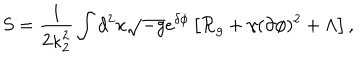
S = { \frac { 1 } { 2 \kappa _ { 2 } ^ { 2 } } } \int d ^ { 2 } x \sqrt { - g } e ^ { \delta \phi } \left[ { \cal R } _ { g } + \gamma ( \partial \phi ) ^ { 2 } + \Lambda \right] ,